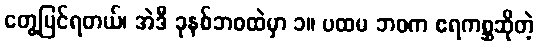
တွေ့မြင်ရတယ်၊ အဲဒီ ခုနစ်ဘဝထဲမှာ ၁။ ပထမ ဘဝက ဧရကစ္ဆဆိုတဲ့